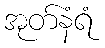
အုတ်နံရံ